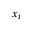
x _ { i }